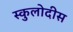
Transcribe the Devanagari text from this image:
स्कुलोदीस